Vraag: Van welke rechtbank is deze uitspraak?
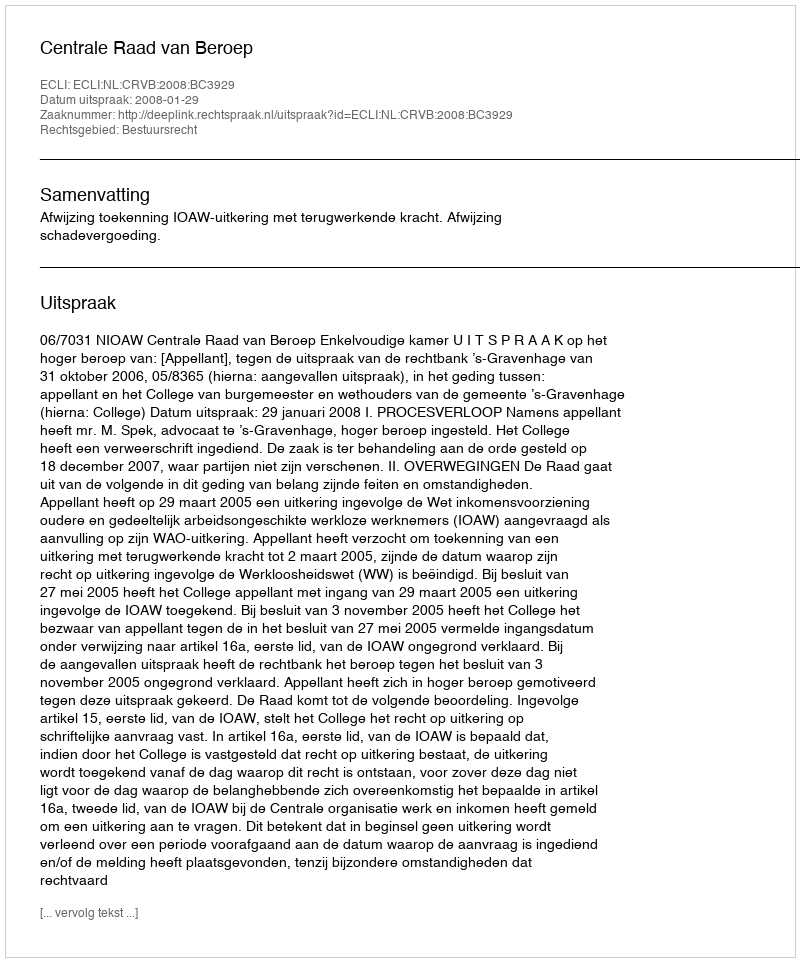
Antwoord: Centrale Raad van Beroep